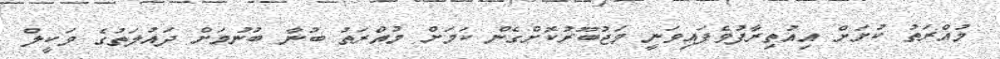
މުއްރަތު ކުށަށް އިއުތިރާފުވެފައިވަނީ މަޖުބޫރުކޮށްގެން ކަމަށް މުއްރަތު ބުނާ ބުނުމަށް ދައުލަތުގެ ވަކީލް